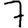
Digit: 7